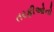
તરફીઓનો